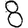
Digit: 8